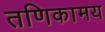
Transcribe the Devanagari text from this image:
तणिकामय